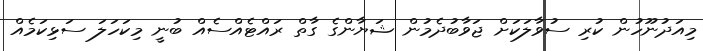
މިއަދުނޫހުން ކުރި ސުވާލަކަށް ޖަވާބުދެމުން ޝަޔާންގެ ގާތް ރައްޓެއްސެއް ބުނީ މިކަހަލަ ސަޅިކަމެއް